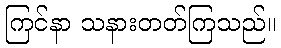
ကြင်နာ သနားတတ်ကြသည်။